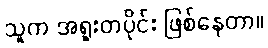
သူက အရူးတပိုင်း ဖြစ်နေတာ။